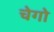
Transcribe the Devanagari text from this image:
चेगो